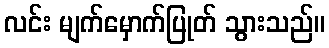
လင်း မျက်မှောက်ပြုတ် သွားသည်။